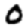
Digit: 0